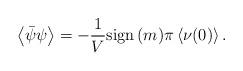
LaTeX: \begin{align*}\left<\bar\psi\psi\right>=-\frac{1}{V}{\rm sign}{\,}(m)\pi\left<\nu(0)\right>.\end{align*}